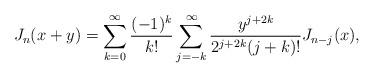
LaTeX: \begin{align*}J_n(x+y)=\sum_{k=0}^{\infty}\frac{(-1)^k}{k!}\sum_{j=-k}^{\infty}\frac{y^{j+2k}}{2^{j+2k}(j+k)!} J_{n-j}(x),\end{align*}